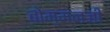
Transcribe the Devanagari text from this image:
बोम्मनजी